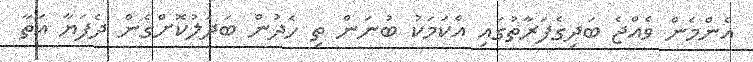
އެންމެން ވެއްޖެ ބަދިގެފަރާތުގައި އެކަމަކު ބުނަން ތި ހެދުން ބަދަލުކޮށްގެން ދެފަޔާ އަތާ